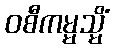
ဝစီကမ္မသ္မိံ